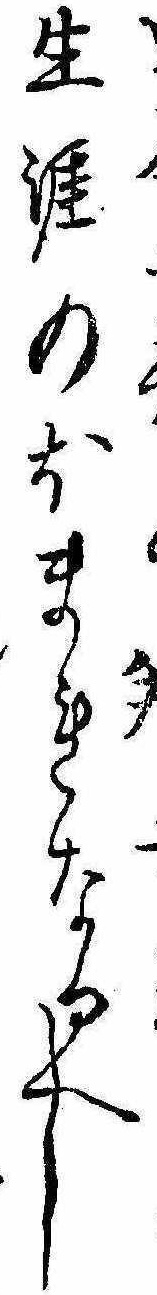
生涯のほまれなるへし